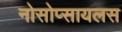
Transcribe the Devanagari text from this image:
नोसोप्सायलस